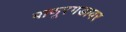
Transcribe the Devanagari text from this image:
बाणूरगडावर